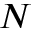
N